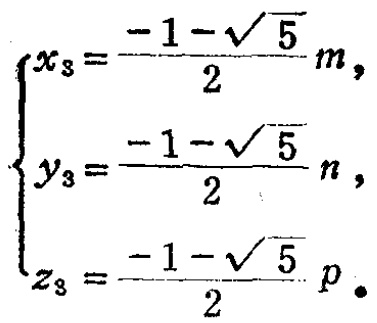
\[

\begin{cases}

x_{3}=\dfrac{-1 - \sqrt{5}}{2}m,\\

y_{3}=\dfrac{-1 - \sqrt{5}}{2}n,\\

z_{3}=\dfrac{-1 - \sqrt{5}}{2}p.

\end{cases}

\]